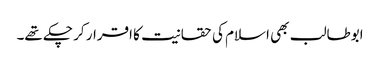
ابوطالب بھی اسلام کی حقانیت کا اقرار کر چکے تھے۔